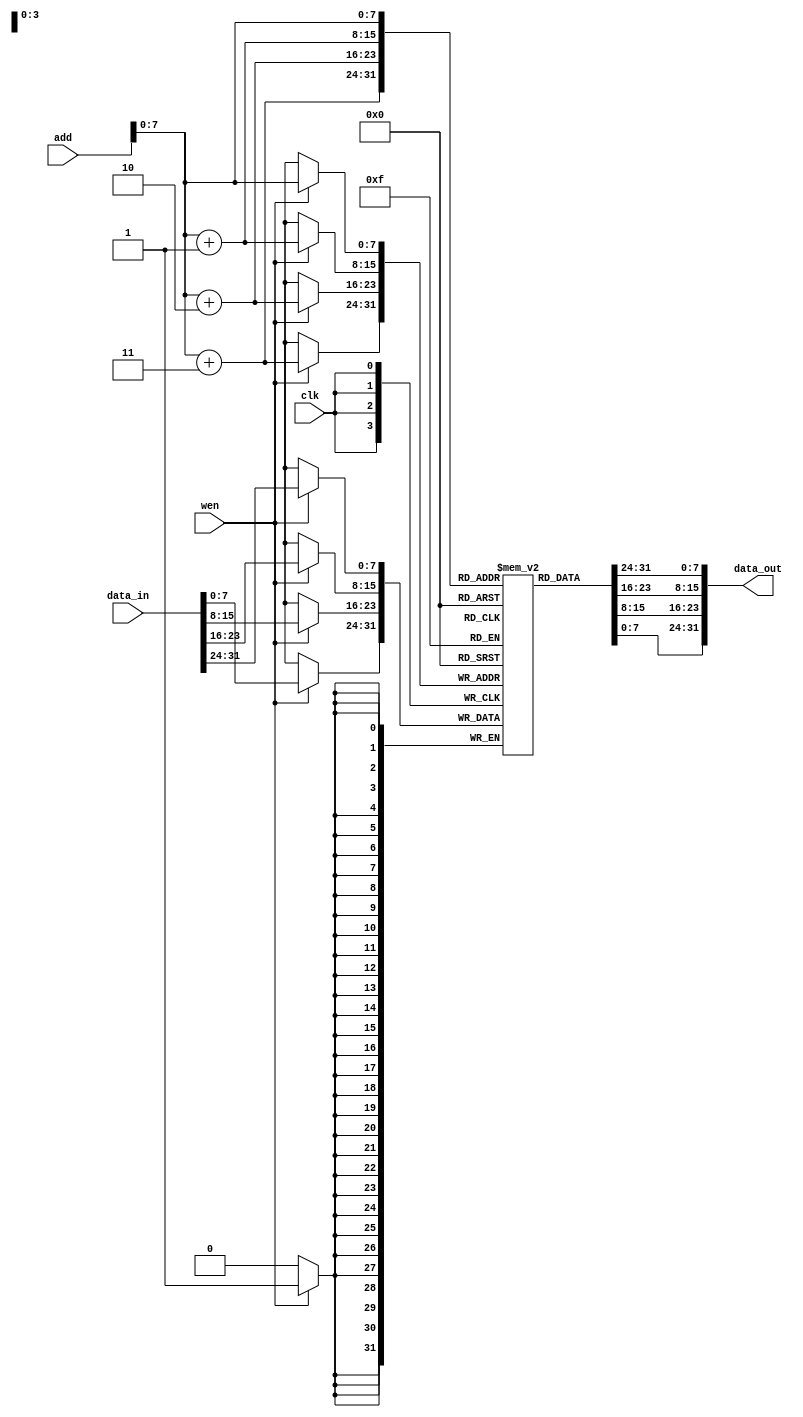
module dm(input[31:0]add,data_in,input clk,wen,output[31:0]data_out);
reg [7:0]dm[255:0];
initial
    begin
    dm[0]=8'b00000000;
    dm[1]=8'b00000010;
    dm[2]=8'b00000011;
    dm[3]=8'b00000010;
    dm[4]=8'b00000010;
    dm[5]=8'b00000010;
    dm[6]=8'b00000010;
    dm[7]=8'b00000010;
    dm[8]=8'b00000010;
    dm[9]=8'b00000010;
    dm[10]=8'b00000010;
    dm[11]=8'b00000010;
    dm[12]=8'b00000010;
    dm[13]=8'b00000010;
    dm[14]=8'b00000010;
    dm[15]=8'b00000010;
    dm[16]=8'b00000010;
    dm[17]=8'b00000010;
    dm[18]=8'b00000010;
    dm[19]=8'b00000010;
    dm[20]=8'b00000010;
    dm[21]=8'b00000010;
    dm[22]=8'b00000010;
    dm[23]=8'b00000010;
    dm[24]=8'b00000010;
    dm[25]=8'b00000010;
    dm[26]=8'b00000010;
    dm[27]=8'b00000010;
    dm[28]=8'b00000010;
    dm[29]=8'b00000010;
    dm[30]=8'b00000010;
    dm[31]=8'b00000010;
    end
always@(posedge clk)
    begin
    if(wen)
        begin
        dm[add]=data_in[31:24];
        dm[add+1]=data_in[23:16];
        dm[add+2]=data_in[15:8];
        dm[add+3]=data_in[7:0];
        end
    end
assign data_out={dm[add],dm[add+1],dm[add+2],dm[add+3]};
endmodule